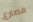
مصارع